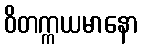
ဝိတက္ကယမာနော